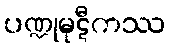
ပဏ္ဍုမုဋီကဿ